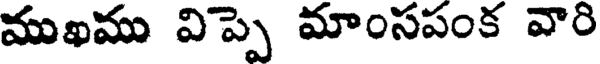
ముఖము విప్పె మాంసపంక వారి